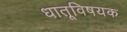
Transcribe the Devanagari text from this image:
धातूविषयक